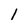
Character: 1